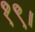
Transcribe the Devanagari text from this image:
१९।